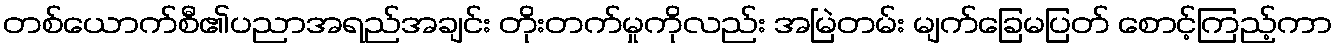
တစ်ယောက်စီ၏ပညာအရည်အချင်း တိုးတက်မှုကိုလည်း အမြဲတမ်း မျက်ခြေမပြတ် စောင့်ကြည့်ကာ